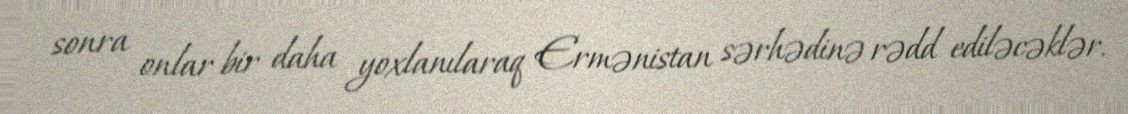
sonra onlar bir daha yoxlanılaraq Ermənistan sərhədinə rədd ediləcəklər.